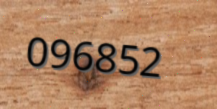
096852